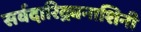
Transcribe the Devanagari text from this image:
सर्वदारिद्र्यनाशिनी